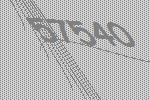
57540